Annual report of the Punjab Veterinary College and of the Civil Veterinary Department, Punjab - 1926-1932
Year: 1926
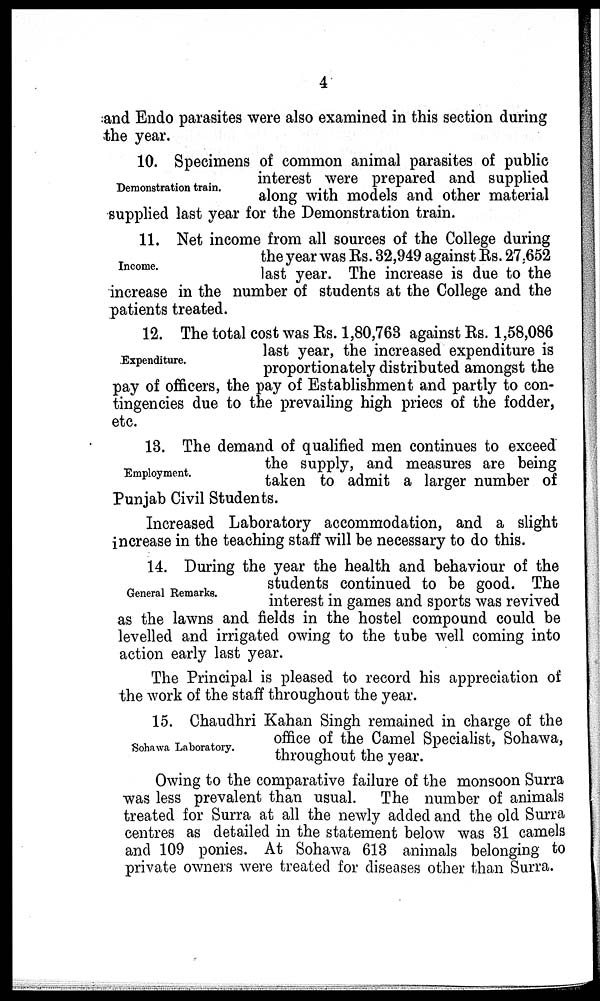
4
and Endo parasites were also examined in this section during
the year.
Demonstration train.
10. Specimens of common animal parasites of public
interest were prepared and supplied
along with models and other material
supplied last year for the Demonstration train.
Income.
11. Net income from all sources of the College during
the year was Rs. 32,949 against Rs. 27,652
last year. The increase is due to the
increase in the number of students at the College and the
patients treated.
Expenditure.
12. The total cost was Rs. 1,80,763 against Rs. 1,58,086
last year, the increased expenditure is
proportionately distributed amongst the
pay of officers, the pay of Establishment and partly to con-
tingencies due to the prevailing high priecs of the fodder,
etc.
Employment.
13. The demand of qualified men continues to exceed
the supply, and measures are being
taken to admit a larger number of
Punjab Civil Students.
Increased Laboratory accommodation, and a slight
increase in the teaching staff will be necessary to do this.
General Remarks.
14. During the year the health and behaviour of the
students continued to be good. The
interest in games and sports was revived
as the lawns and fields in the hostel compound could be
levelled and irrigated owing to the tube well coming into
action early last year.
The Principal is pleased to record his appreciation of
the work of the staff throughout the year.
Sohawa Laboratory.
15. Chaudhri Kahan Singh remained in charge of the
office of the Camel Specialist, Sohawa,
throughout the year.
Owing to the comparative failure of the monsoon Surra
was less prevalent than usual.
The number of animals
treated for Surra at all the newly added and the old Surra
centres as detailed in the statement below was 31 camels
and 109 ponies. At Sohawa 613 animals belonging to
private owners were treated for diseases other than Surra.